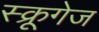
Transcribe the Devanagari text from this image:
स्क्रूगेज